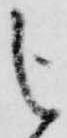
を